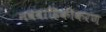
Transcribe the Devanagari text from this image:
नववाहिकीकरण